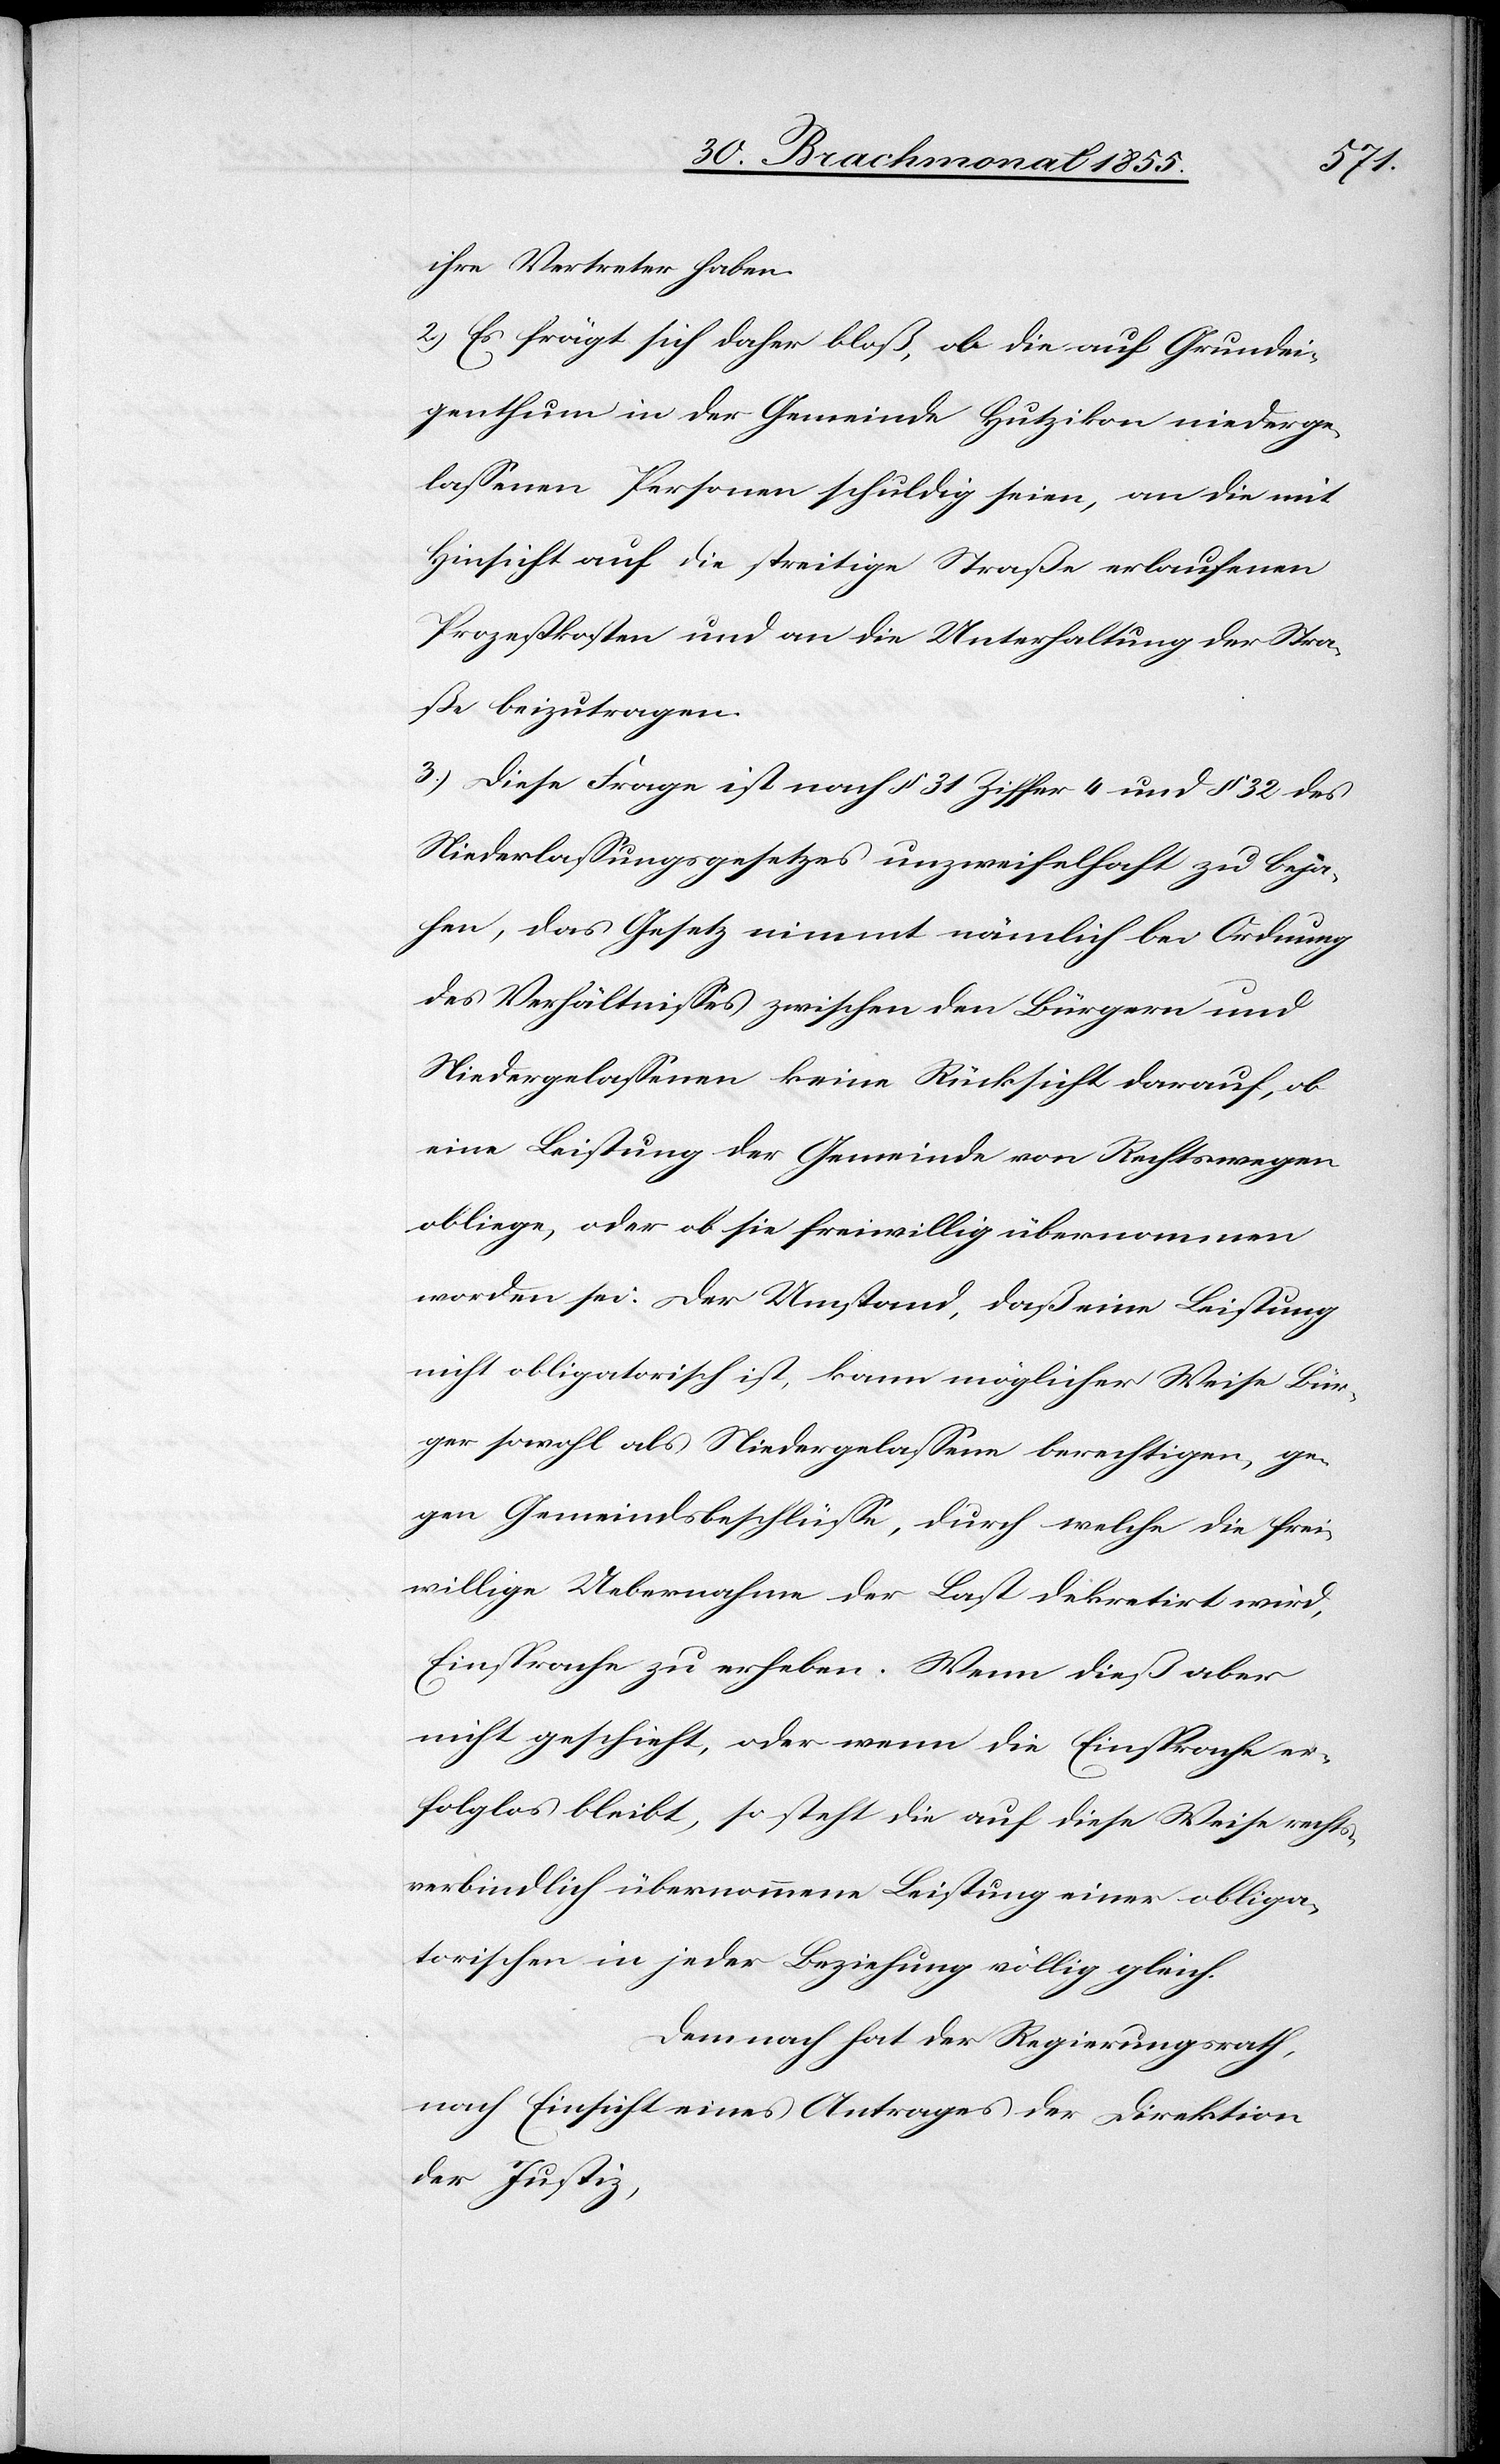
ihre Vertreter haben.
2.) Es frägt sich daher bloß, ob die auf Grundei¬
genthum in der Gemeinde Hutzikon niederge¬
lassenen Personen schuldig seien, an die mit
Hinsicht auf die streitige Straße erlaufenen
Prozeßkosten und an die Unterhaltung der Stra¬
ße beizutragen.
3.) Diese Frage ist nach § 31 Ziffer 4 und § 32 des
Niederlassungsgesetzes unzweifelhaft zu beja¬
hen, das Gesetz nimmt nämlich bei Ordnung
des Verhältnisses zwischen den Bürgern und
Niedergelassenen keine Rücksicht darauf, ob
eine Leistung der Gemeinde von Rechtswegen
obliege, oder ob sie freiwillig übernommen
worden sei. Der Umstand, daß eine Leistung
nicht obligatorisch ist, kann möglicher Weise Bür¬
ger sowohl als Niedergelassene berechtigen, ge¬
gen Gemeindsbeschlüsse, durch welche die frei¬
willige Uebernahme der Last dekretirt wird,
Einsprache zu erheben. Wenn dieß aber
nicht geschieht, oder wenn die Einsprache er¬
folglos bleibt, so steht die auf diese Weise rechts¬
verbindlich übernommene Leistung einer obliga¬
torischen in jeder Beziehung völlig gleich.
Demnach hat der Regierungsrath,
nach Einsicht eines Antrages der Direktion
der Justiz,